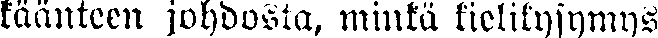
käänteen johdosta, minkä kielikysymys